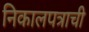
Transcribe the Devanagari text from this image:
निकालपत्राची